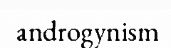
androgynism